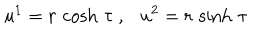
u ^ { 1 } = r \, \cosh \, \tau \ , \ \ \ u ^ { 2 } = r \, \sinh \, \tau